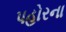
પહોરના